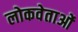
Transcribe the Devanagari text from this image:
लोकवेताओं